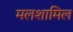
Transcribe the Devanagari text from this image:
मलशामिल